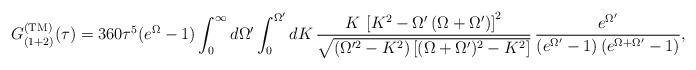
\begin{align*}G^{\rm (TM)}_{(1+2)}(\tau)= 360\tau^5(e^{\Omega}-1)\int_0^{\infty}d\Omega' \int_0^{\Omega'} dK\,\frac{K\,\left[K^2-\Omega'\left(\Omega+\Omega'\right)\right]^2} {\sqrt{(\Omega'^2-K^2)\left[(\Omega+\Omega')^2-K^2\right]}}\,\frac{e^{\Omega'}}{\left(e^{\Omega'}-1\right)\left(e^{\Omega+\Omega'}-1\right)},\end{align*}